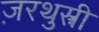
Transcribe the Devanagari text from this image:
ज़रथुश्त्री